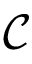
\mathcal { C }